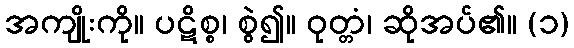
အကျိုးကို။ ပဋိစ္စ၊ စွဲ၍။ ဝုတ္တံ၊ ဆိုအပ်၏။ (၁)